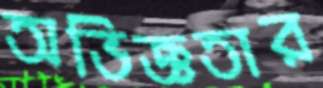
অভিজ্ঞতার